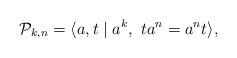
LaTeX: \begin{align*}\mathcal{P}_{k,n}=\langle{a,t}\mid{a^k,~ta^n=a^nt}\rangle,\end{align*}